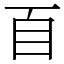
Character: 𦣻